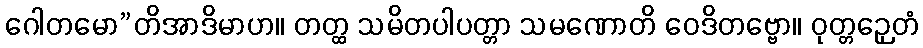
ဂေါတမော”တိအာဒိမာဟ။ တတ္ထ သမိတပါပတ္တာ သမဏောတိ ဝေဒိတဗ္ဗော။ ဝုတ္တဉှေတံ